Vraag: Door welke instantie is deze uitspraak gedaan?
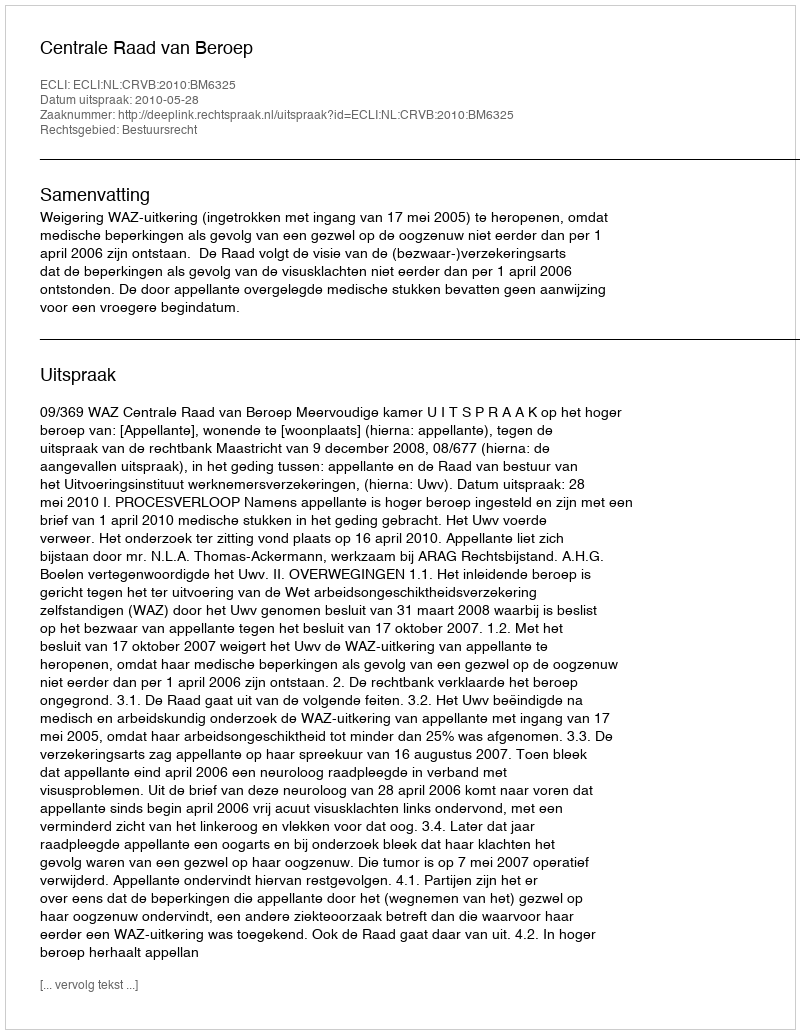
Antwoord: Centrale Raad van Beroep